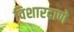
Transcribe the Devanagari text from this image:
विशारदाणे